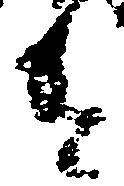
違